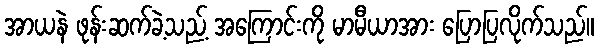
အာယနဲ ဖုန်းဆက်ခဲ့သည့် အကြောင်းကို မာမီယာအား ပြောပြလိုက်သည်။